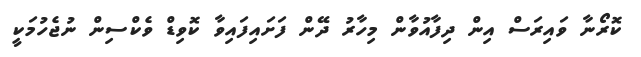
ކޮރޯނާ ވައިރަސް އިން ދިފާއުވާން މިހާރު ދޭން ފަށައިފައިވާ ކޮވިޑް ވެކްސިން ނުޖެހުމަކީ